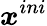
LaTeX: \boldsymbol{x}^{ini}